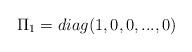
LaTeX: \begin{align*}\Pi_{1}=diag(1,0,0,...,0)\end{align*}